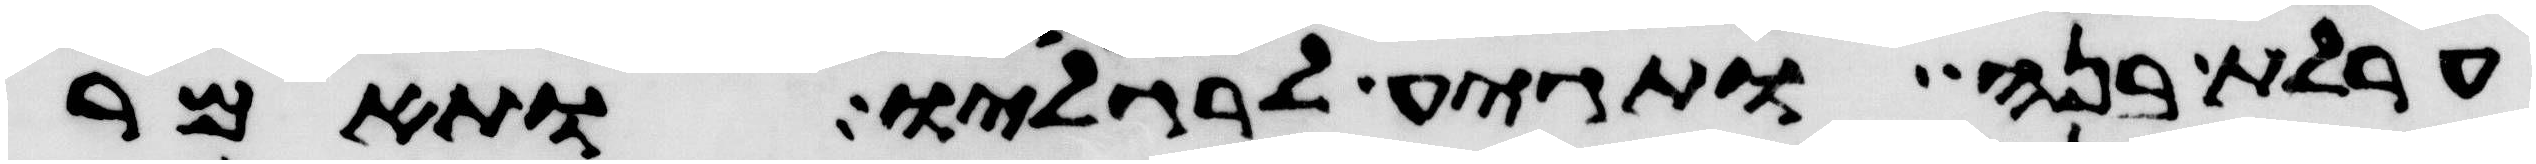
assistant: ערלת בנה ותגיע לרגליו ותאמר